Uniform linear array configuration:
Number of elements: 32
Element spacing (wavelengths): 0.25
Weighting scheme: kaiser
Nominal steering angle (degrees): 0
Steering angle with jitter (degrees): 1.849
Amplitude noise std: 0.05
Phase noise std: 0.05

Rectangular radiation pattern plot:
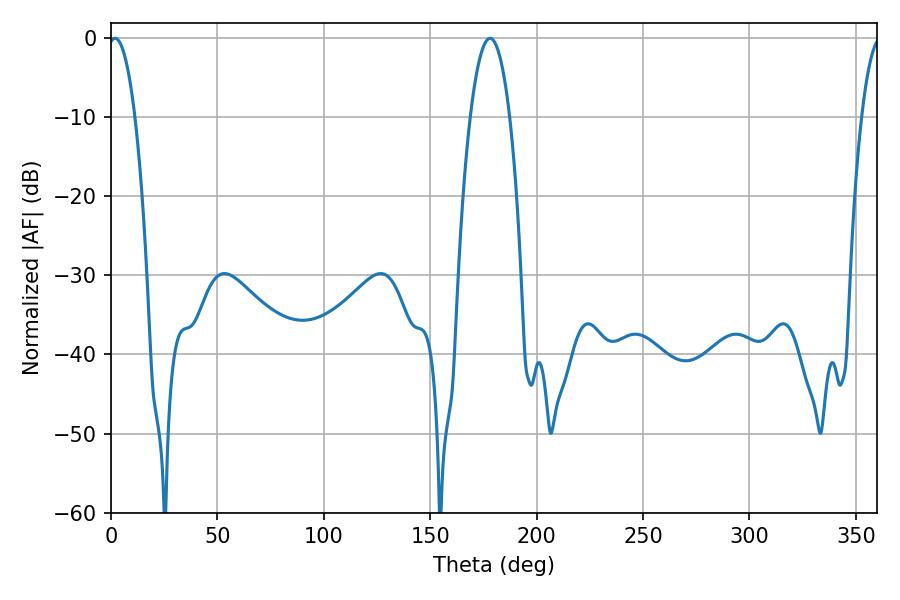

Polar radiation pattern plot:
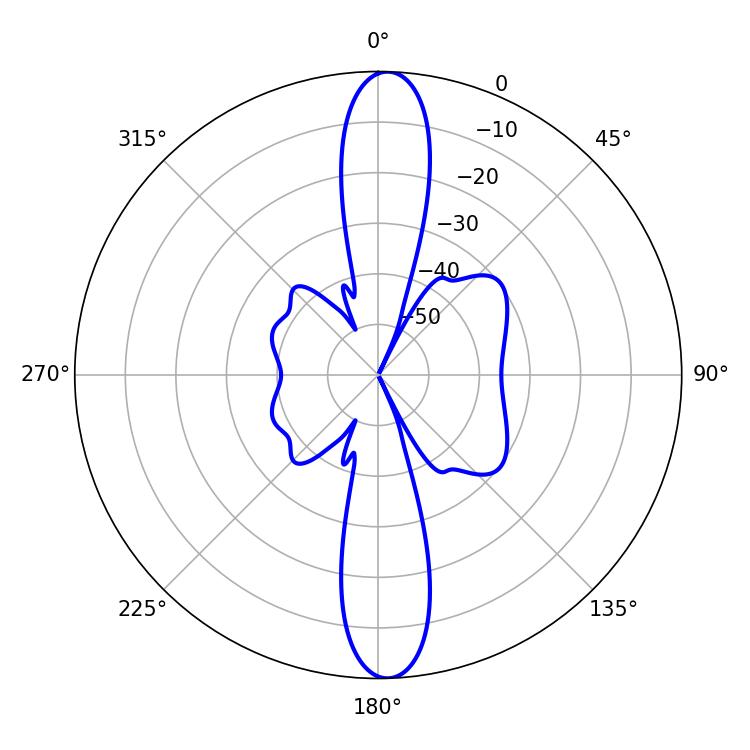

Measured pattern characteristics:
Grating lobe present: FALSE
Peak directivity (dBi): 21.687
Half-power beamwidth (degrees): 10.26
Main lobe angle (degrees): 178.02